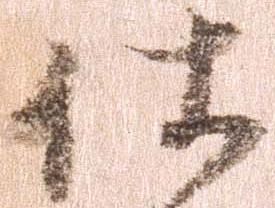
仕